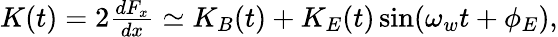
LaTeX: \begin{array}{r}{K(t)=2\frac{dF_{x}}{dx}\simeq K_{B}(t)+K_{E}(t)\sin(\omega_{w}t+\phi_{E})\mathrm{,}}\end{array}